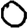
Digit: 0